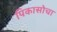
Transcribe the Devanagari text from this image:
पिकासोचा